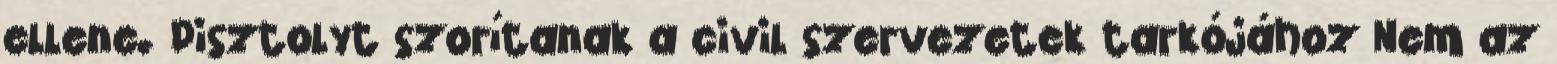
ellene. Pisztolyt szorítanak a civil szervezetek tarkójához Nem az